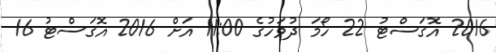
2016 އޮގަސްޓު 22 ހޯމަ ދުވަހުގެ 11:00 އަށް 2016 އޮގަސްޓު 16